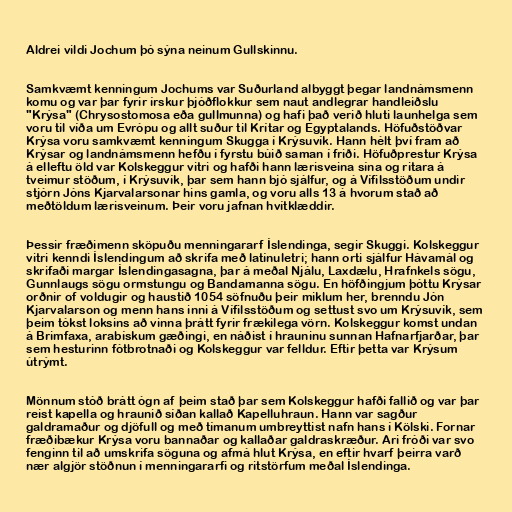
Aldrei vildi Jochum þó sýna neinum Gullskinnu.

Samkvæmt kenningum Jochums var Suðurland albyggt þegar landnámsmenn
komu og var þar fyrir írskur þjóðflokkur sem naut andlegrar handleiðslu
"Krýsa" (Chrysostomosa eða gullmunna) og hafi það verið hluti launhelga sem
voru til víða um Evrópu og allt suður til Krítar og Egyptalands. Höfuðstöðvar
Krýsa voru samkvæmt kenningum Skugga í Krýsuvík. Hann hélt því fram að
Krýsar og landnámsmenn hefðu í fyrstu búið saman í friði. Höfuðprestur Krýsa
á elleftu öld var Kolskeggur vitri og hafði hann lærisveina sína og ritara á
tveimur stöðum, í Krýsuvík, þar sem hann bjó sjálfur, og á Vífilsstöðum undir
stjórn Jóns Kjarvalarsonar hins gamla, og voru alls 13 á hvorum stað að
meðtöldum lærisveinum. Þeir voru jafnan hvítklæddir.

Þessir fræðimenn sköpuðu menningararf Íslendinga, segir Skuggi. Kolskeggur
vitri kenndi Íslendingum að skrifa með latínuletri; hann orti sjálfur Hávamál og
skrifaði margar Íslendingasagna, þar á meðal Njálu, Laxdælu, Hrafnkels sögu,
Gunnlaugs sögu ormstungu og Bandamanna sögu. En höfðingjum þóttu Krýsar
orðnir of voldugir og haustið 1054 söfnuðu þeir miklum her, brenndu Jón
Kjarvalarson og menn hans inni á Vífilsstöðum og settust svo um Krýsuvík, sem
þeim tókst loksins að vinna þrátt fyrir frækilega vörn. Kolskeggur komst undan
á Brimfaxa, arabískum gæðingi, en náðist í hrauninu sunnan Hafnarfjarðar, þar
sem hesturinn fótbrotnaði og Kolskeggur var felldur. Eftir þetta var Krýsum
útrýmt.

Mönnum stóð brátt ógn af þeim stað þar sem Kolskeggur hafði fallið og var þar
reist kapella og hraunið síðan kallað Kapelluhraun. Hann var sagður
galdramaður og djöfull og með tímanum umbreyttist nafn hans í Kölski. Fornar
fræðibækur Krýsa voru bannaðar og kallaðar galdraskræður. Ari fróði var svo
fenginn til að umskrifa söguna og afmá hlut Krýsa, en eftir hvarf þeirra varð
nær algjör stöðnun í menningararfi og ritstörfum meðal Íslendinga.